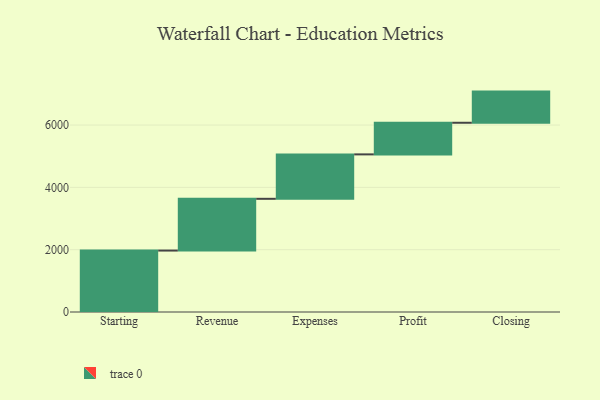
{"axis": {"x": "Step", "y": "Value"}, "legend": [""], "data": [{"x": "Starting", "y": 1972.0, "type": ""}, {"x": "Revenue", "y": 1661.0, "type": ""}, {"x": "Expenses", "y": 1426.0, "type": ""}, {"x": "Profit", "y": 1015.0, "type": ""}, {"x": "Closing", "y": 1000, "type": ""}]}